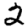
Digit: 2